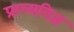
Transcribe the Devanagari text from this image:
प्राच्यविज्ञ